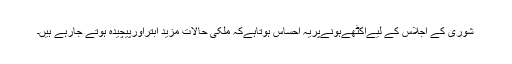
شوریٰ کے اجلاس کے لیےاکٹھےہونےپریہ احساس ہوتاہےکہ ملکی حالات مزید ابتراورپیچیدہ ہوتے جارہے ہیں۔